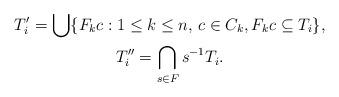
LaTeX: \begin{gather*}T_i' = \bigcup \{ F_k c : 1\leq k\leq n,\, c\in C_k , F_k c \subseteq T_i \} , \\T_i'' = \bigcap_{s\in F} s^{-1} T_i .\end{gather*}